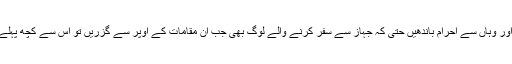
۲- جو لوگ ان میقات پرسے نہ گزر رہے ہوں وہ ان جگہوں کی مقابل جگہ دیکھیں اور وہاں سے احرام باندھیں حتی کہ جہاز سے سفر کرنے والے لوگ بھی جب ان مقامات کے اوپر سے گزریں تو اس سے کچھ پہلے ہی احرام باندھ لیں {یعنی نیت کرلیں}تاکہ تیزی میں میقات سے آگے نہ بڑھ جائیں ۔